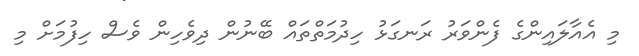
މި އެއާލައިންގެ ފެންވަރު ރަނގަޅު ހިދުމަތްތައް ބޭނުން ދިވެހިން ވެސް ހިފުމަށް މި